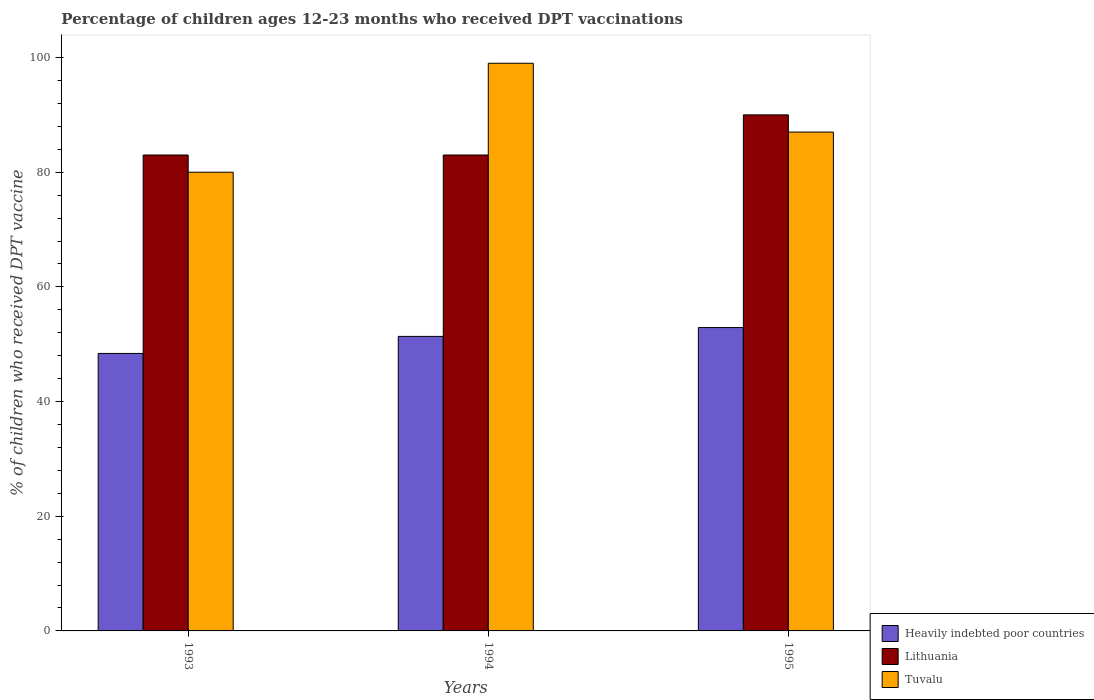
| Years | Heavily indebted poor countries | Lithuania | Tuvalu |
 | --- | --- | --- | --- |
 | 1993 | 48.4 | 83 | 80 |
 | 1994 | 51.4 | 83 | 99 |
 | 1995 | 52.9 | 90 | 87 |